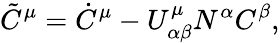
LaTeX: \tilde{C}^{\mu}=\dot{C}^{\mu}-U_{\alpha\beta}^{\mu}N^{\alpha}C^{\beta},